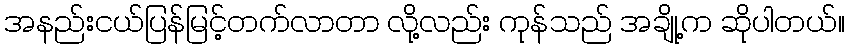
အနည်းငယ်ပြန်မြင့်တက်လာတာ လို့လည်း ကုန်သည် အချို့က ဆိုပါတယ်။